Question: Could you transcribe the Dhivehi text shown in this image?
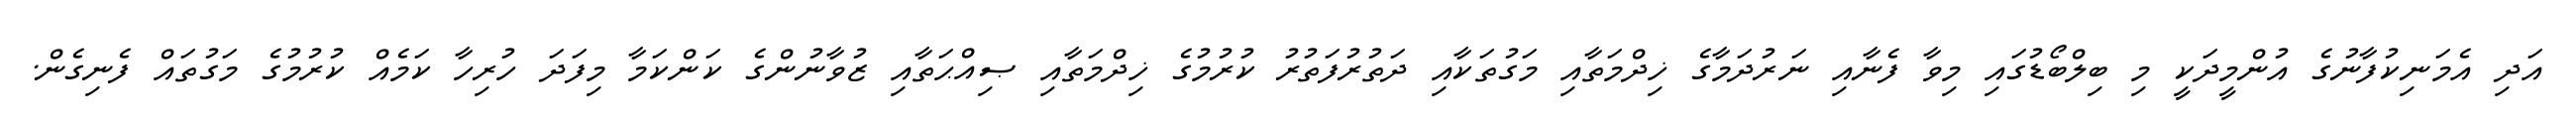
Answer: އަދި އެމަނިކުފާނުގެ އުންމީދަކީ މި ބިލްބޯޑުގައި މިވާ ފެނާއި ނަރުދަމާގެ ޚިދްމަތާއި މަގުތަކާއި ދަތުރުފަތުރު ކުރުމުގެ ޚިދްމަތާއި ޞިއްޙަތާއި ޒުވާނުންގެ ކަންކަމާ މިފަދަ ހުރިހާ ކަމެއް ކުރުމުގެ މަގުތައް ފެނިގެން.